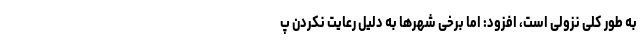
به طور کلی نزولی است، افزود: اما برخی شهرها به دلیل رعایت نکردن پ